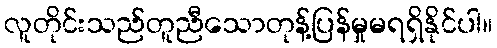
လူတိုင်းသည်တူညီသောတုန့်ပြန်မှုမရရှိနိုင်ပါ။